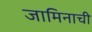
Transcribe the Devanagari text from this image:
जामिनाची